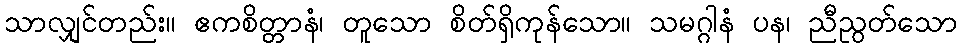
သာလျှင်တည်း။ ဧကစိတ္တာနံ၊ တူသော စိတ်ရှိကုန်သော။ သမဂ္ဂါနံ ပန၊ ညီညွတ်သော